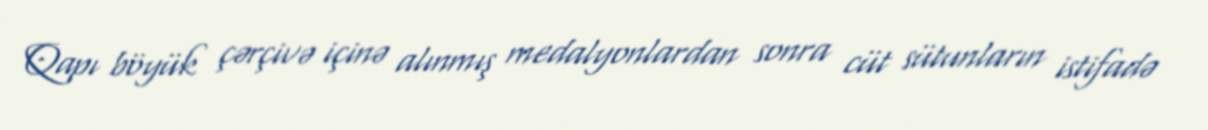
Qapı böyük çərçivə içinə alınmış medalyonlardan sonra cüt sütunların istifadə